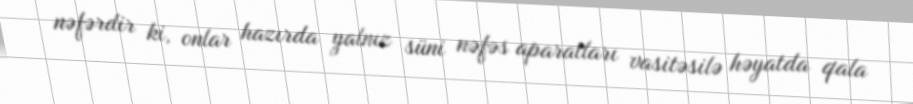
nəfərdir ki, onlar hazırda yalnız süni nəfəs aparatları vasitəsilə həyatda qala